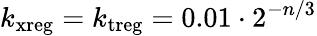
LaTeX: k_{\mathrm{xreg}}=k_{\mathrm{treg}}=0.01\cdot 2^{-n/3}